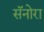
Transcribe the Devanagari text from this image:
सॅनोरा